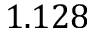
1 . 1 2 8